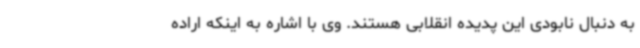
به دنبال نابودی این پدیده انقلابی هستند. وی با اشاره به اینکه اراده